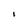
Character: i